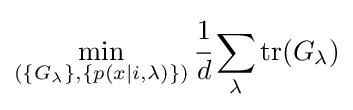
\min _{\left(\{G_{\lambda }\},\{p(x|i,\lambda )\}\right)}{\cfrac {1}{d}}\sum _{\lambda }\mathrm {tr} (G_{\lambda })